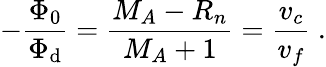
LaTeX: -\frac{\Phi_{0}}{\Phi_{\textrm{d}}}=\frac{M_{A}-R_{n}}{M_{A}+1}=\frac{v_{c}}{v_{f}}\ .